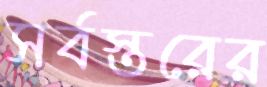
সর্বস্তরের